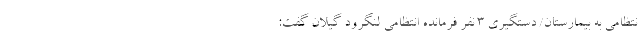
نتظامی به بیمارستان/ دستگیری 3 نفر فرمانده انتظامی لنگرود گیلان گفت: